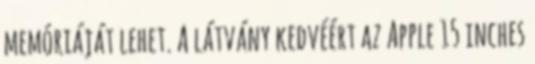
memóriáját lehet. A látvány kedvéért az Apple 15 inches